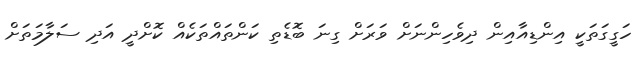
ހަގީގަތަކީ އިންޑިއާއިން ދިވެހިންނަށް ވަރަށް ގިނަ ބޮޑެތި ކަންތައްތަކެއް ކޮށްދީ އަދި ސަލާމަތަށް